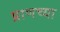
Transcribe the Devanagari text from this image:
प्राणच्या